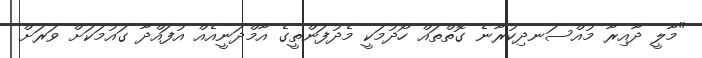
"މާލީ ދާއިރާ މުއްސަނދިކުރާނެ ގޮތްތައް ހޯދުމަކީ މެދުފަންތީގެ އާމްދަނީއެއް އުފައްދާ ގައުމަކަށް ވަރަށް